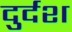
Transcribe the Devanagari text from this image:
दुर्दश